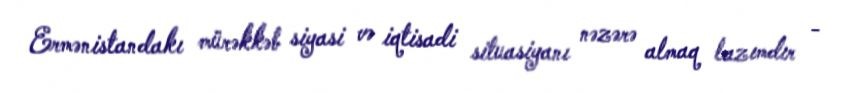
Ermənistandakı mürəkkəb siyasi və iqtisadi situasiyanı nəzərə almaq lazımdır -